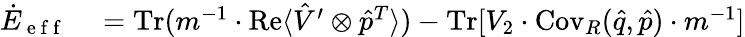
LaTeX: \begin{array}{rl}{\dot{E}_{\mathrm{~e~f~f~}}}&{{}=\operatorname{Tr}(m^{-1}\cdot\operatorname{Re}\langle\hat{V}^{\prime}\otimes\hat{p}^{T}\rangle)-\operatorname{Tr}[V_{2}\cdot\operatorname{Cov}_{R}(\hat{q},\hat{p})\cdot m^{-1}]}\end{array}